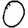
Digit: 0